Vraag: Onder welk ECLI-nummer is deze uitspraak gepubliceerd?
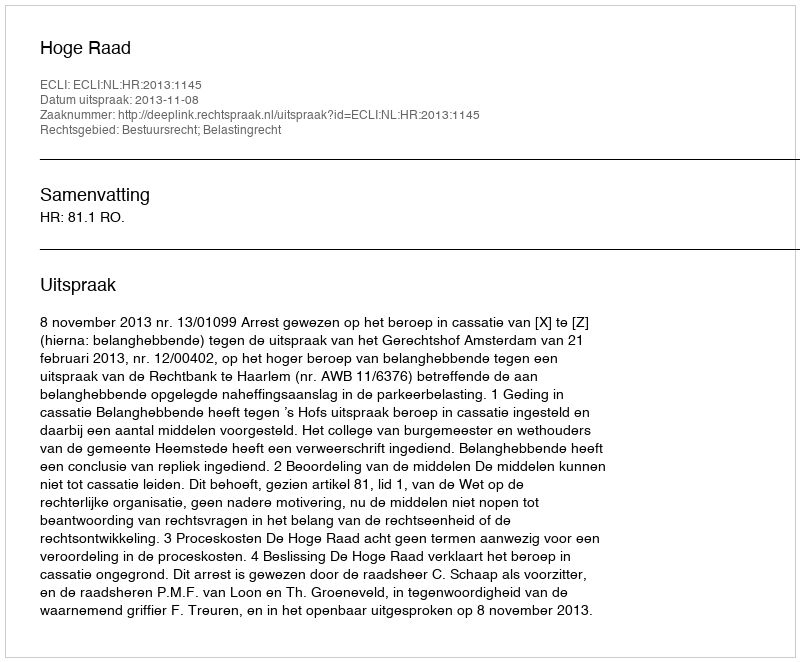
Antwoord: ECLI:NL:HR:2013:1145